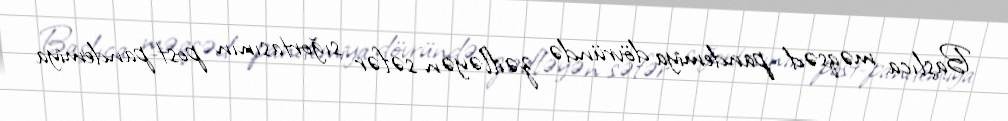
Başlıca məqsəd pandemiya dövründə zəifləyən səfər sığortasının post-pandemiya